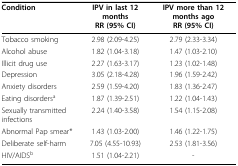
| Condition | IPV in last 12 monthsRR (95% CI) | IPV more than 12 months agoRR (95% CI) |
 | --- | --- | --- |
 | Tobacco smoking | 2.98 (2.09-4.25) | 2.79 (2.33-3.34) |
 | Alcohol abuse | 1.82 (1.04-3.18) | 1.47 (1.03-2.10) |
 | Illicit drug use | 2.27 (1.63-3.17) | 1.23 (1.02-1.48) |
 | Depression | 3.05 (2.18-4.28) | 1.96 (1.59-2.42) |
 | Anxiety disorders | 2.59 (1.59-4.20) | 1.83 (1.36-2.47) |
 | Eating disordersa | 1.87 (1.39-2.51) | 1.22 (1.04-1.43) |
 | Sexually transmitted infections | 2.24 (1.40-3.58) | 1.54 (1.15-2.08) |
 | Abnormal Pap smear* | 1.43 (1.03-2.00) | 1.46 (1.22-1.75) |
 | Deliberate self-harm | 7.05 (4.55-10.93) | 2.53 (1.81-3.56) |
 | HIV/AIDSb | 1.51 (1.04-2.21) | - |